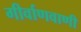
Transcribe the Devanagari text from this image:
गीर्वाणवाणी